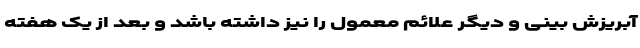
آبریزش بینی و دیگر علائم معمول را نیز داشته باشد و بعد از یک هفته